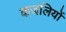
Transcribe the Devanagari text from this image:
कजलियों